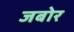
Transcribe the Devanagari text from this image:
जबोर